Lyperosia minuta, Bezzi - Number 59
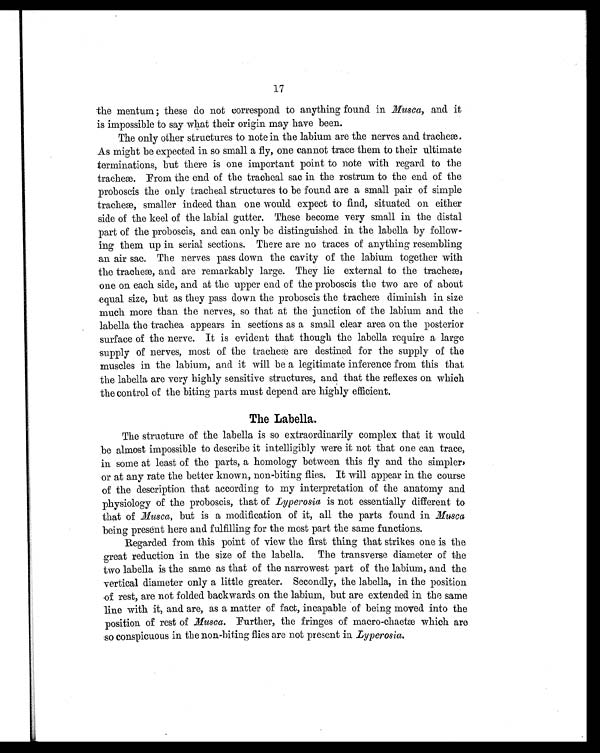
17
the mentum ; these do not correspond to anything found in Musca, and it
is impossible to say what their origin may have been.
The only other structures to note in the labium are the nerves and tracheæ.
As might be expected in so small a fly, one cannot trace them to their ultimate
terminations, but there is one important point to note with regard to the
t r a c h e æ . F r o m t h e e n d o f t h e t r a c h e a l s a c i n t h e r o s t r u m t o t h e e n d o f t h e
proboscis the only tracheal structures to be found are a small pair of simple
t r a c h e æ , s m a l l e r i n d e e d t h a n o n e w o u l d e x p e c t t o f i n d , s i t u a t e d o n e i t h e r
side of the keel of the labial gutter. These become very small in the distal
part of the proboscis, and can only be distinguished in the labella by follow
- i n g t h e m u p i n s e r i a l s e c t i o n s . T h e r e a r e n o t r a c e s o f a n y t h i n g r e s e m b l i n g
an air sac. The nerves pass down the cavity of the labium together with
t h e t r a c h e æ , a n d a r e r e m a r k a b l y l a r g e . T h e y l i e e x t e r n a l t o t h e t r a c h e æ ,
one on each side, and at the upper end of the proboscis the two are of about
equal si ze, but as they pass down the probosci s the tracheæ di mi ni sh i n si ze
much more than the nerves, so that at the junction of the labium and the
labella the trachea appears in sections as a small clear area on the posterior
surface of the nerve. It is evident that though the labella require a large
suppl y of nerves, most of t he t racheæ are dest i ned f or t he suppl y of t he
muscles in the labium, and it will be a legitimate inference from this that
the labella are very highly sensitive structures, and that the reflexes on which
the control of the biting parts must depend are highly efficient.
The Labella.
The structure of the lab ella is so extraordinarily complex that it would
be almost impossible to describe it intelligibly were it not that one can trace,
in some at least of the parts, a homology between this fly and the simpler,
or at any rate the better known, non-biting flies. It will appear in the course
of the description that according to my interpretation of the anatomy and
physiology of the proboscis, that of Lyperosia is not essentially different to
that of Musca , but is a modification of it, all the parts found in M u s c a
being present here and fulfilling for the most part the same functions.
Regarded from this point of view the first thing that strikes one is the
great reduction in the size of the labella. The transverse diameter of the
two labella is the same as that of the narrowest part of the labium, and the
vertical diameter only a little greater. Secondly, the labella, in the position
of rest, are not folded backwards on the labium, but are extended in the same
line with it, and are, as a matter of fact, incapable of being moved into the
position of rest of Musca. Further, the fringes of macro-chaet which are
so conspicuous in the non-biting flies are not present in Lyperosia.